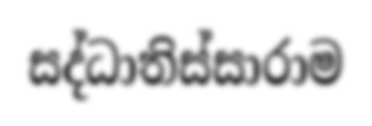
සද්ධාතිස්සාරාම